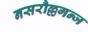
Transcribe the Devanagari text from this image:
नसरौल्लगन्ज